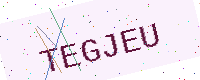
Text: TEGJEU